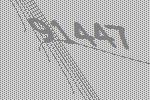
91447